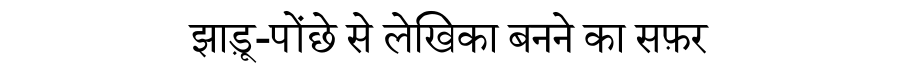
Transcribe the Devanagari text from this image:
झाड़ू-पोंछे से लेखिका बनने का सफ़र